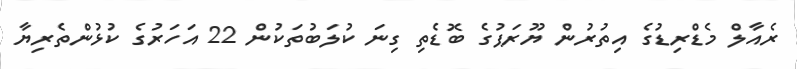
ރެއާލް މެޑްރިޑުގެ އިތުރުން ޔޫރަޕުގެ ބޮޑެތި ގިނަ ކުލަބުތަކުން 22 އަހަރުގެ ކުޅުންތެރިޔާ